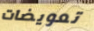
تعويضات